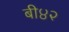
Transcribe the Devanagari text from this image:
बी४२